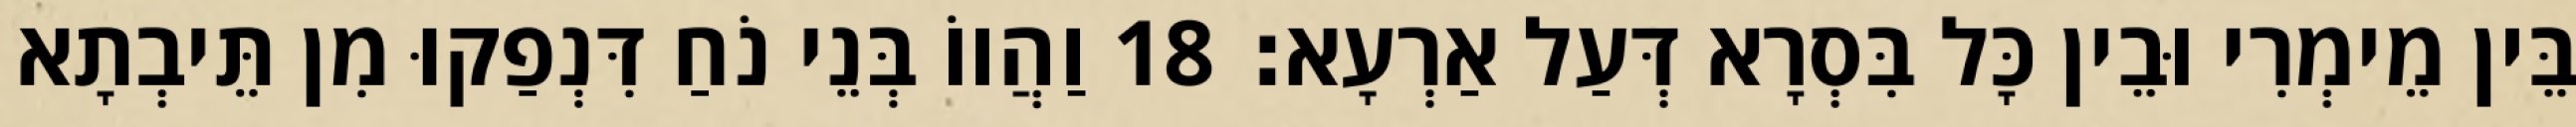
בֵּין מֵימְרִי וּבֵין כָּל בִּסְרָא דְּעַל אַרְעָא׃ 18 וַהֲווֹ בְּנֵי נֹחַ דִּנְפַקוּ מִן תֵּיבְתָא